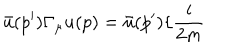
\bar { u } ( p ^ { \prime } ) \Gamma _ { \mu } u ( p ) = \bar { u } ( p ^ { \prime } ) \{ \frac { i } { 2 m }